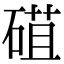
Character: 䃊